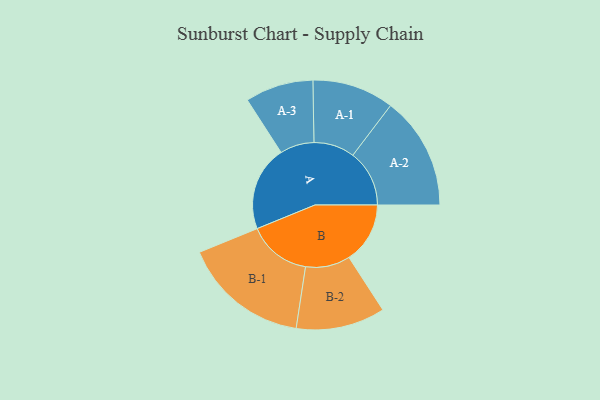
{"axis": {"x": "Segment", "y": "Value"}, "legend": ["", "A", "B"], "data": [{"x": "A", "y": 391, "type": ""}, {"x": "B", "y": 281, "type": ""}, {"x": "A-1", "y": 188, "type": "A"}, {"x": "A-2", "y": 260, "type": "A"}, {"x": "A-3", "y": 157, "type": "A"}, {"x": "B-1", "y": 291, "type": "B"}, {"x": "B-2", "y": 205, "type": "B"}]}